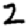
Digit: 2